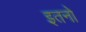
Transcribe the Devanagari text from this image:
इतनो